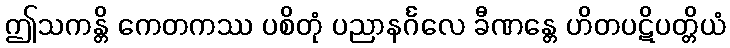
ဤသကန္တိ ကေတကဿ ပစိတုံ ပညာနင်္ဂလေ ခီဏန္တေ ဟိတပဋိပတ္တိယံ